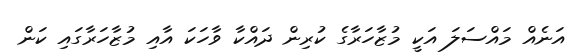
އަނެއް މައްސަލަ އަކީ މުޒާހަރާގެ ކުރިން ދައްކާ ވާހަކަ އާއި މުޒާހަރާގައި ކަން